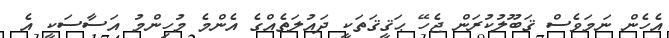
އެހެން ނަމަވެސް ޤަބޫލުކުރަން ޖެހޭ ޙަޤީޤަތަކީ ދައުލަތެއްގެ އެންމެ މުހިންމު އަސާސަކީ އެ